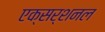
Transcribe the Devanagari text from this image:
एक्सर्शनल